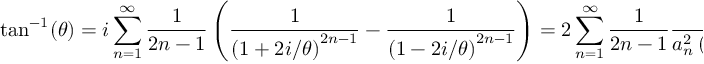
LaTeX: \tan ^ { - 1 } ( \theta ) = i \sum _ { n = 1 } ^ { \infty } { \frac { 1 } { 2 n - 1 } } \left( { \frac { 1 } { \left( 1 + 2 i / \theta \right) ^ { 2 n - 1 } } } - { \frac { 1 } { \left( 1 - 2 i / \theta \right) ^ { 2 n - 1 } } } \right) = 2 \sum _ { n = 1 } ^ { \infty } { { \frac { 1 } { 2 n - 1 } } { \frac { { { a } _ { n } } \left( \theta \right) } { a _ { n } ^ { 2 } \left( \theta \right) + b _ { n } ^ { 2 } \left( \theta \right) } } } ,